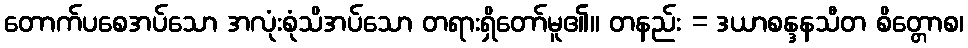
တောက်ပစေအပ်သော အလုံးစုံသိအပ်သော တရားရှိတော်မူ၏။ တနည်း = ဒယာစန္ဒနသီတ စိတ္တောစ၊